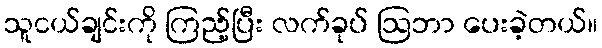
သူငယ်ချင်းကို ကြည့်ပြီး လက်ခုပ် ဩဘာ ပေးခဲ့တယ်။